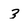
Character: 3